King Institute of Preventive Medicine Bacteriolog. Section reports 1907-08
Year: 1907
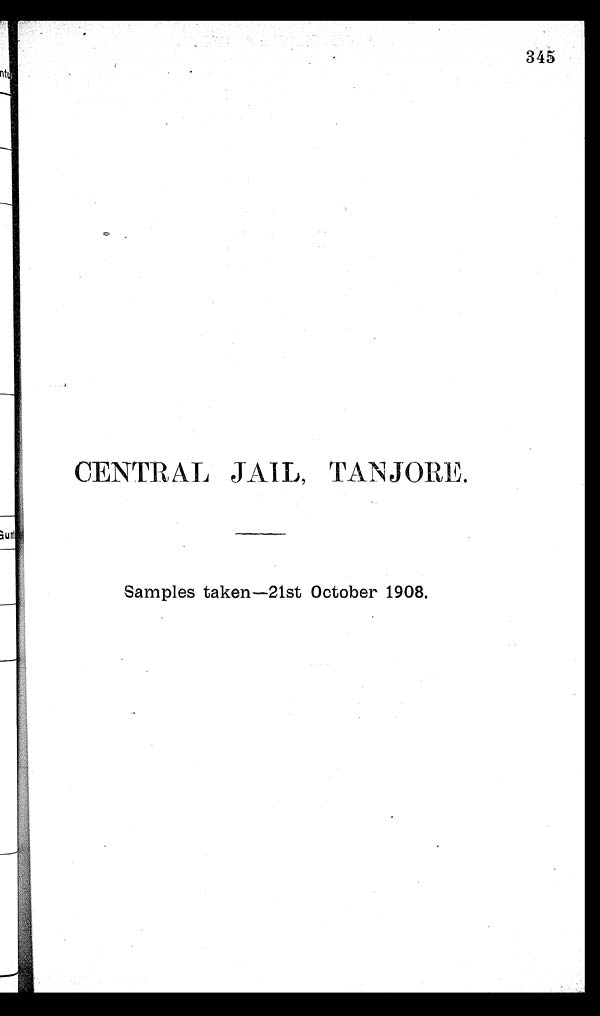
CENTRAL JAIL, TANJORE.
Samples taken—21st October 1908.